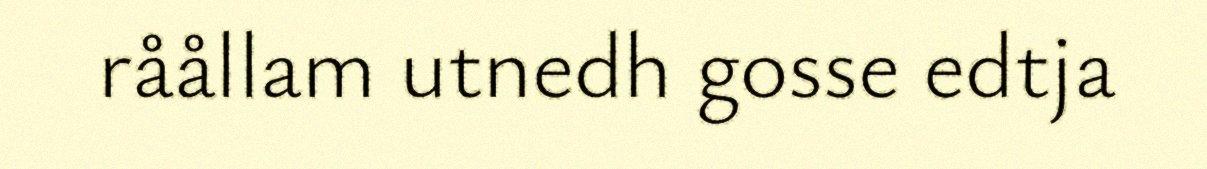
råållam utnedh gosse edtja